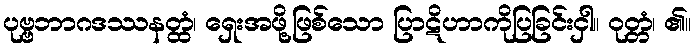
ပုဗ္ဗဘာဂဒဿနတ္ထံ၊ ရှေးအဖို့ဖြစ်သော ပြာဋိဟာကိုပြခြင်းငှါ။ ဝုတ္တံ၊ ၏။